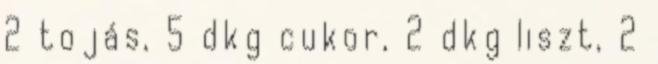
2 tojás, 5 dkg cukor, 2 dkg liszt, 2